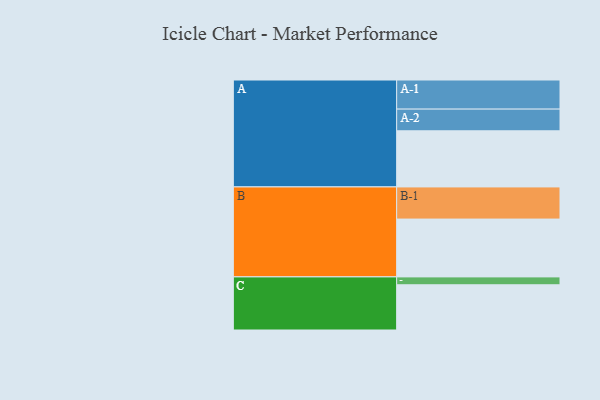
{"axis": {"x": "Segment", "y": "Value"}, "legend": ["", "A", "B", "C"], "data": [{"x": "A", "y": 463, "type": ""}, {"x": "B", "y": 477, "type": ""}, {"x": "C", "y": 373, "type": ""}, {"x": "A-1", "y": 240, "type": "A"}, {"x": "A-2", "y": 179, "type": "A"}, {"x": "B-1", "y": 265, "type": "B"}, {"x": "C-1", "y": 65, "type": "C"}]}